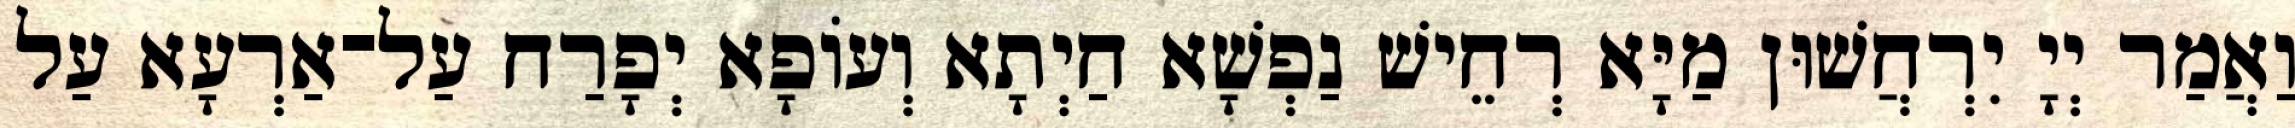
וַאֲמַר יְיָ יִרְחֲשׁוּן מַיָּא רְחֵישׁ נַפְשָׁא חַיְתָא וְעוֹפָא יְפָרַח עַל־אַרְעָא עַל